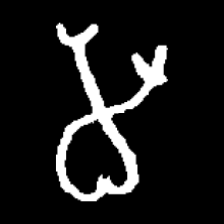
Pyu character \u2014 Myanmar letter: မ (romanized: ma)